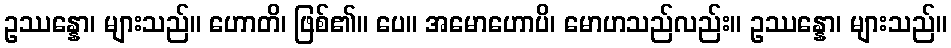
ဥဿန္နော၊ များသည်။ ဟောတိ၊ ဖြစ်၏။ ပေ။ အမောဟောပိ၊ မောဟသည်လည်း။ ဥဿန္နော၊ များသည်။